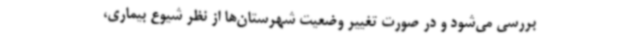
بررسی می‌شود و در صورت تغییر وضعیت شهرستان‌ها از نظر شیوع بیماری،